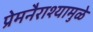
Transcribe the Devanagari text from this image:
प्रेमनैराश्‍यामुळे